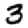
Digit: 3